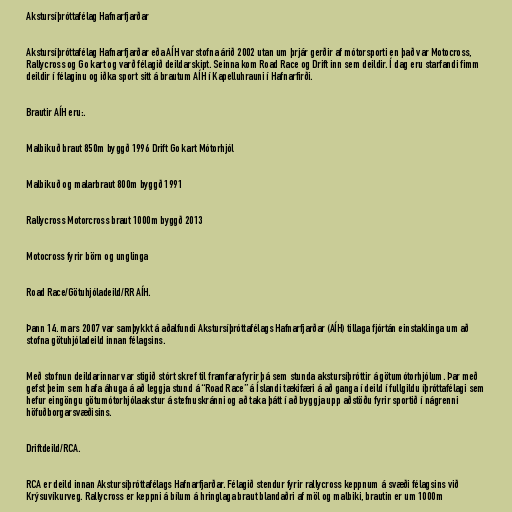
Akstursíþróttafélag Hafnarfjarðar

Akstursíþróttafélag Hafnarfjarðar eða AÍH var stofna árið 2002 utan um þrjár gerðir af mótorsporti en það var Motocross,
Rallycross og Go kart og varð félagið deildarskipt. Seinna kom Road Race og Drift inn sem deildir. Í dag eru starfandi fimm
deildir í félaginu og iðka sport sitt á brautum AÍH í Kapelluhrauni í Hafnarfirði.

Brautir AÍH eru:.

Malbikuð braut 850m byggð 1996 Drift Go kart Mótorhjól

Malbikuð og malarbraut 800m byggð 1991

Rallycross Motorcross braut 1000m byggð 2013

Motocross fyrir börn og unglinga

Road Race/Götuhjóladeild/RR AÍH.

Þann 14. mars 2007 var samþykkt á aðalfundi Akstursíþróttafélags Hafnarfjarðar (AÍH) tillaga fjórtán einstaklinga um að
stofna götuhjóladeild innan félagsins.

Með stofnun deildarinnar var stigið stórt skref til framfara fyrir þá sem stunda akstursíþróttir á götumótorhjólum. Þar með
gefst þeim sem hafa áhuga á að leggja stund á “Road Race” á Íslandi tækifæri á að ganga í deild í fullgildu íþróttafélagi sem
hefur eingöngu götumótorhjólaakstur á stefnuskránni og að taka þátt í að byggja upp aðstöðu fyrir sportið í nágrenni
höfuðborgarsvæðisins.

Driftdeild/RCA.

RCA er deild innan Akstursíþróttafélags Hafnarfjarðar. Félagið stendur fyrir rallycross keppnum á svæði félagsins við
Krýsuvíkurveg. Rallycross er keppni á bílum á hringlaga braut blandaðri af möl og malbiki, brautin er um 1000m